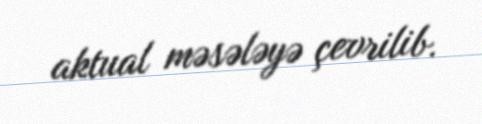
aktual məsələyə çevrilib.